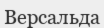
Версальда